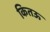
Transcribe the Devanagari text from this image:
कितऊ